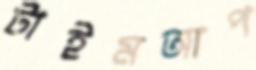
টাইমআপ